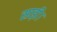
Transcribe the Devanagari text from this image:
साड़ी।